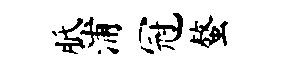
胝浦冠螯